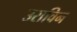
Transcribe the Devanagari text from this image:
उराविन